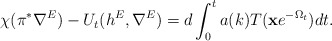
\begin{align*}\chi(\pi^*\nabla^E)-U_t(h^E, \nabla^E)=d\int^t_0a(k)T(\bold{x}e^{-\Omega_t})dt.\end{align*}